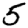
Digit: 5